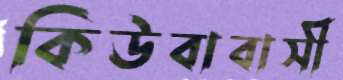
কিউবাবাসী